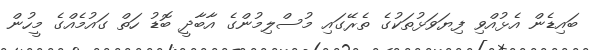
ބައިޑެން އެޅުއްވި ފިޔަވަޅުތަކުގެ ތެރޭގައި މުސްލިމުންގެ އާބާދީ ބޮޑު ހަތް ގައުމެއްގެ މީހުން